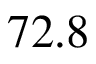
7 2 . 8